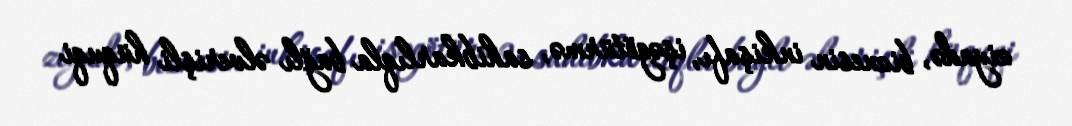
ziyadə, biznesin inkişafı, işəgötürmə, sahibkarlıqla bağlı əlverişli hüquqi